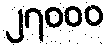
၂၇၀၀၀